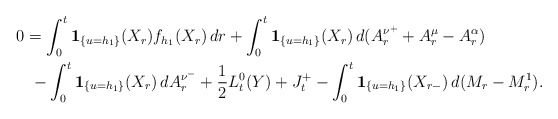
\begin{align*}0&= \int_{0}^{t}\mathbf{1}_{\{u=h_{1}\}}(X_{r})f_{h_{1}}(X_{r})\,dr +\int_{0}^{t}\mathbf{1}_{\{u=h_{1}\}}(X_{r})\,d(A_{r}^{\nu^{+}}+A_{r}^{\mu}-A_{r}^{\alpha}) \\&\,\,-\int_{0}^{t}\mathbf{1}_{\{u=h_{1}\}}(X_{r})\,dA_{r}^{\nu^{-}}+\frac 1 2 L_{t}^{0}(Y)+J_{t}^{+}-\int_{0}^{t}\mathbf{1}_{\{u=h_{1}\}}(X_{r-})\,d(M_{r}-M_{r}^{1}).\end{align*}